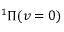
{ } ^ { 1 } \ensuremath { \Pi } ( v = 0 )